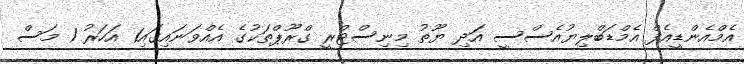
އެމްއެންޑީއެފް އެމްޑަބްލިޔުއެސްސީ އަދި ޔޫތު މިނިސްޓްރީ ގްރޫޕްތަކުގެ އެއްވަނައިގައި1 އަހަރު 1 މަސް